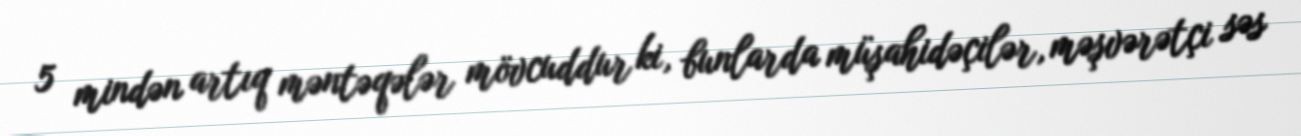
5 mindən artıq məntəqələr mövcuddur ki, bunlarda müşahidəçilər, məşvərətçi səs